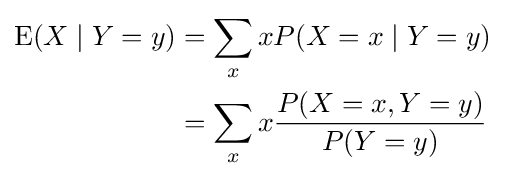
{\begin{aligned}\operatorname {E} (X\mid Y=y)&=\sum _{x}xP(X=x\mid Y=y)\\&=\sum _{x}x{\frac {P(X=x,Y=y)}{P(Y=y)}}\end{aligned}}